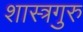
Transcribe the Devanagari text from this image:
शास्त्रगुरु